Calcutta medical institutions reports 1871-78
Year: 1871
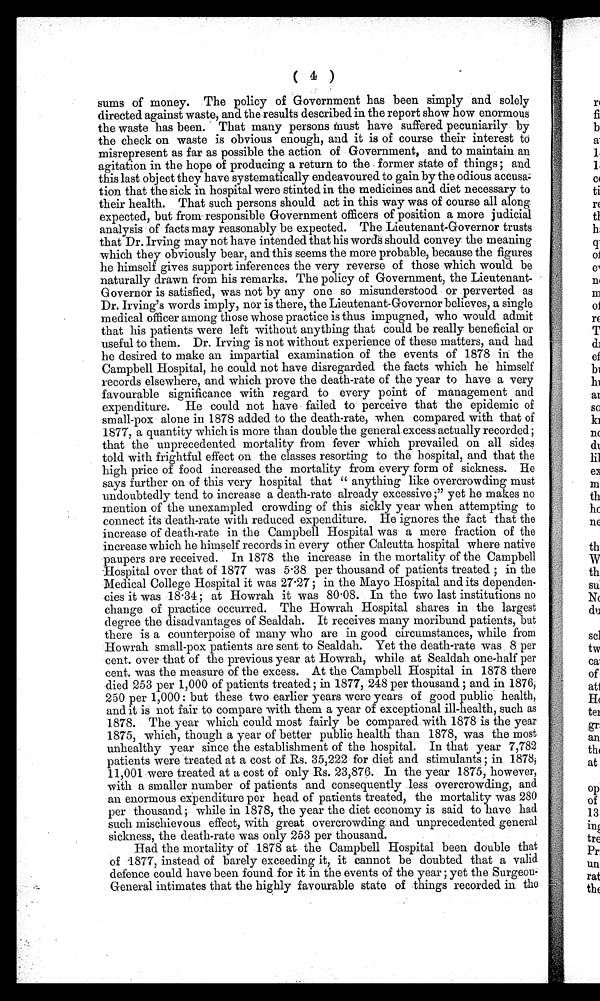
( 4 )
sums of money. The policy of Government has been simply and solely
directed against waste, and the results described in the report show how enormous
the waste has been. That many persons Must have suffered pecuniarily by
the check on waste is obvious enough, and it is of course their interest to
misrepresent as far as possible the action of Government, and to maintain an
agitation in the hope of producing a return to the former state of things ; and
this last object they have systematically endeavoured to gain by the odious accusa;
tion that the sick in hospital were stinted in the medicines and diet necessary to
their health. That such persons should act in this way was of course all along
expected, but from responsible Government officers of position a more judicial
analysis of facts may reasonably be expected. The Lieutenant-Governor trusts
that Dr. Irving may not have intended that his words should convey the meaning
which they obviously bear, and this seems the more probable, because the figures
he himself gives support inferences the very reverse of those which would be
naturally drawn from his remarks. The policy of Government, the Lieutenant-
G overnor is satisfied, was not by any one so misunderstood or perverted as
Dr. Irving's words imply, nor is there, the Lieutenant-Governor believes, a single
medical officer among those whose practice is thus impugned, who would admit
that his patients were left without anything that could be really beneficial or
useful to them. Dr. Irving is not without experience of these matters, and had
he desired to make an impartial examination of the events of 1878 in the
Campbell Hospital, he could not have disregarded the facts which he himself
records elsewhere, and which prove the death-rate of the year to have a very
favourable significance with regard to every point of management and
expenditure. He could not have failed to perceive that the epidemic of
small-pox alone in 1878 added to the death-rate, when compared with that of
1877, a quantity which is more than double the general excess actually recorded ;
that the unprecedented mortality from fever which prevailed on all sides
told with frightful effect on the classes resorting to the hospital, and that the
high price of food increased the mortality from every form of sickness. He
says further on of this very hospital that " anything like overcrowding must
undoubtedly tend to increase a death-rate already excessive ;" yet he makes no
mention of the unexampled crowding of this sickly year when attempting to
connect its death-rate with reduced expenditure. He ignores the fact that the
increase of death-rate in the Campbell Hospital was a mere fraction of the
increase which he himself records in every other Calcutta hospital where native
paupers are received. In 1878 the increase in the mortality of the Campbell
Hospital over that of 1877 was 5.38 per thousand of patients treated ; in the
Medical College Hospital it was 27.27 ; in the Mayo Hospital and its dependen-
cies it was 18.34 ; at Howrah it was 80.08. In the two last institutions no
change of practice occurred. The Howrah Hospital shares in the largest
degree the disadvantages of Sealdah. It receives many moribund patients, but
there is a counterpoise of many who are in good circumstances, while from
Howrah small-pox patients are sent to Sealdah. Yet the death-rate was 8 per
cent. over that of the previous year at Howrah, while at Sealdah one-half per
cent. was the measure of the excess. At the Campbell Hospital in 1878 there
died 253 per 1,000 of patients treated ; in 1877, 248 per thousand ; and in 1876,
250 per 1,000: but these two earlier years were years of good public health,
and it is not fair to compare with them a year of exceptional ill-health, such as
1878. The year which could most fairly be compared with 1878 is the year
1875, which, though a year of better public health than 1878, was the most
unhealthy year since the establishment of the hospital. In that year 7,782
patients were treated at a cost of Rs. 35,222 for diet and stimulants ; in 1878;
11,001-were treated at a cost of only Rs. 23,876. In the year 1875, however,
with a smaller number of patients and consequently less overcrowding, and
an enormous expenditure per head of patients treated, the mortality was 280
per thousand; while in 1878, the year the diet economy is said to have had
such mischievous effect, with great overcrowding and unprecedented general
sickness, the death-rate was only 253 per thousand.
Had the mortality of 1878 at the Campbell Hospital been double that
of 1877, instead of barely exceeding it, it cannot be doubted that a valid
defence could have been found for it in the events of the year ; yet the Surgeon-
General intimates that the highly favourable state of things recorded in the